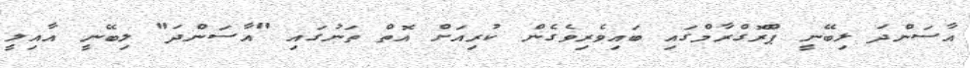
އާސަންދަ ލިބޭނީ ޕްރޮގްރާމްގައި ބައިވެރިވެގެން ކުރިއަށް އޮތް ތަނުގައި "އާސަންދަ" ލިބޭނީ އާއިލީ